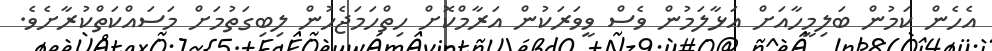
އެހެން ކަމުން ބަލިމީހާއަށް އަޅާލަމުން ވެސް ވީވަރަކުން އަރާމްކޮށް ހިތްހަމަޖެހުން ލިބިގަތުމަށް މަސައްކަތްކުރާށެވެ.